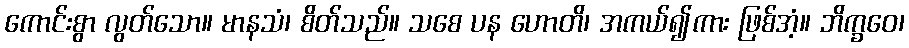
ကောင်းစွာ လွတ်သော။ မာနသံ၊ စိတ်သည်။ သစေ ပန ဟောတိ၊ အကယ်၍ကား ဖြစ်အံ့။ ဘိက္ခဝေ၊